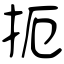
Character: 扼